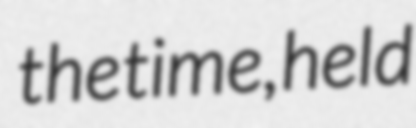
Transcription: the time, held